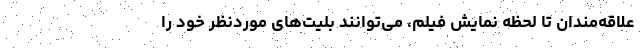
علاقه‌مندان تا لحظه نمایش فیلم، می‌توانند بلیت‌های موردنظر خود را